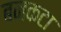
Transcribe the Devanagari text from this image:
बनकटा